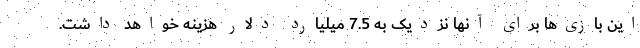
این بازی‌ها برای آنها نزدیک به 7.5 میلیارد دلار هزینه خواهد داشت.